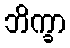
ဘိက္ခာ